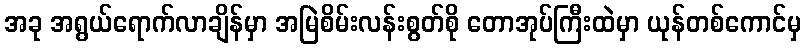
အခု အရွယ်ရောက်လာချိန်မှာ အမြဲစိမ်းလန်းစွတ်စို တောအုပ်ကြီးထဲမှာ ယုန်တစ်ကောင်မှ